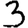
Digit: 3